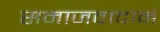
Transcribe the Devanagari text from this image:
समाजवादाने